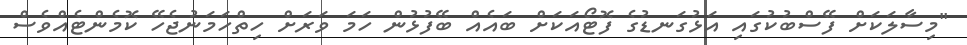
"މިސާލަކަށް ފޭސްބުކުގައި އަޅުގަނޑުގެ ފޮޓޯއަކަށް ބައެއް ބޭފުޅުން ހަމަ ވަރަށް ހިތްހަމަނުޖެހޭ ކޮމެންޓެއްވެސް